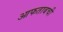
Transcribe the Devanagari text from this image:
आफताबची